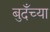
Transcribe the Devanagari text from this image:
बुदँच्या